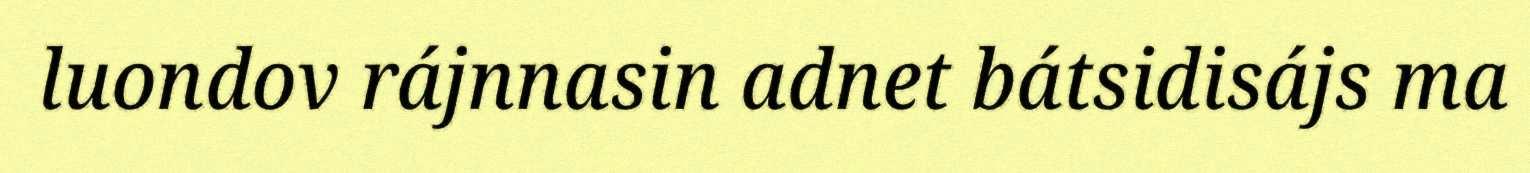
luondov rájnnasin adnet bátsidisájs ma